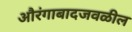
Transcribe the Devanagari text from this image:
औरंगाबादजवळील